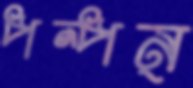
পন্পন্